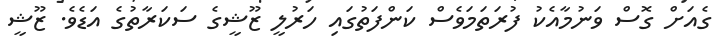
ގެއަށް ގޮސް ވަނުމާއެކު ފުރަތަމަވެސް ކަންފަތުގައި ހަރުލީ ޒޫޝީގެ ސަކަރާތުގެ އަޑެވެ. ޒޫޝީ